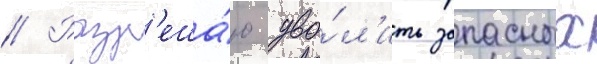
// Разр'еша́ю уво́л'ить запасных